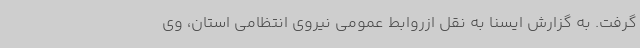
گرفت. به گزارش ایسنا به نقل ازروابط عمومی نیروی انتظامی استان، وی